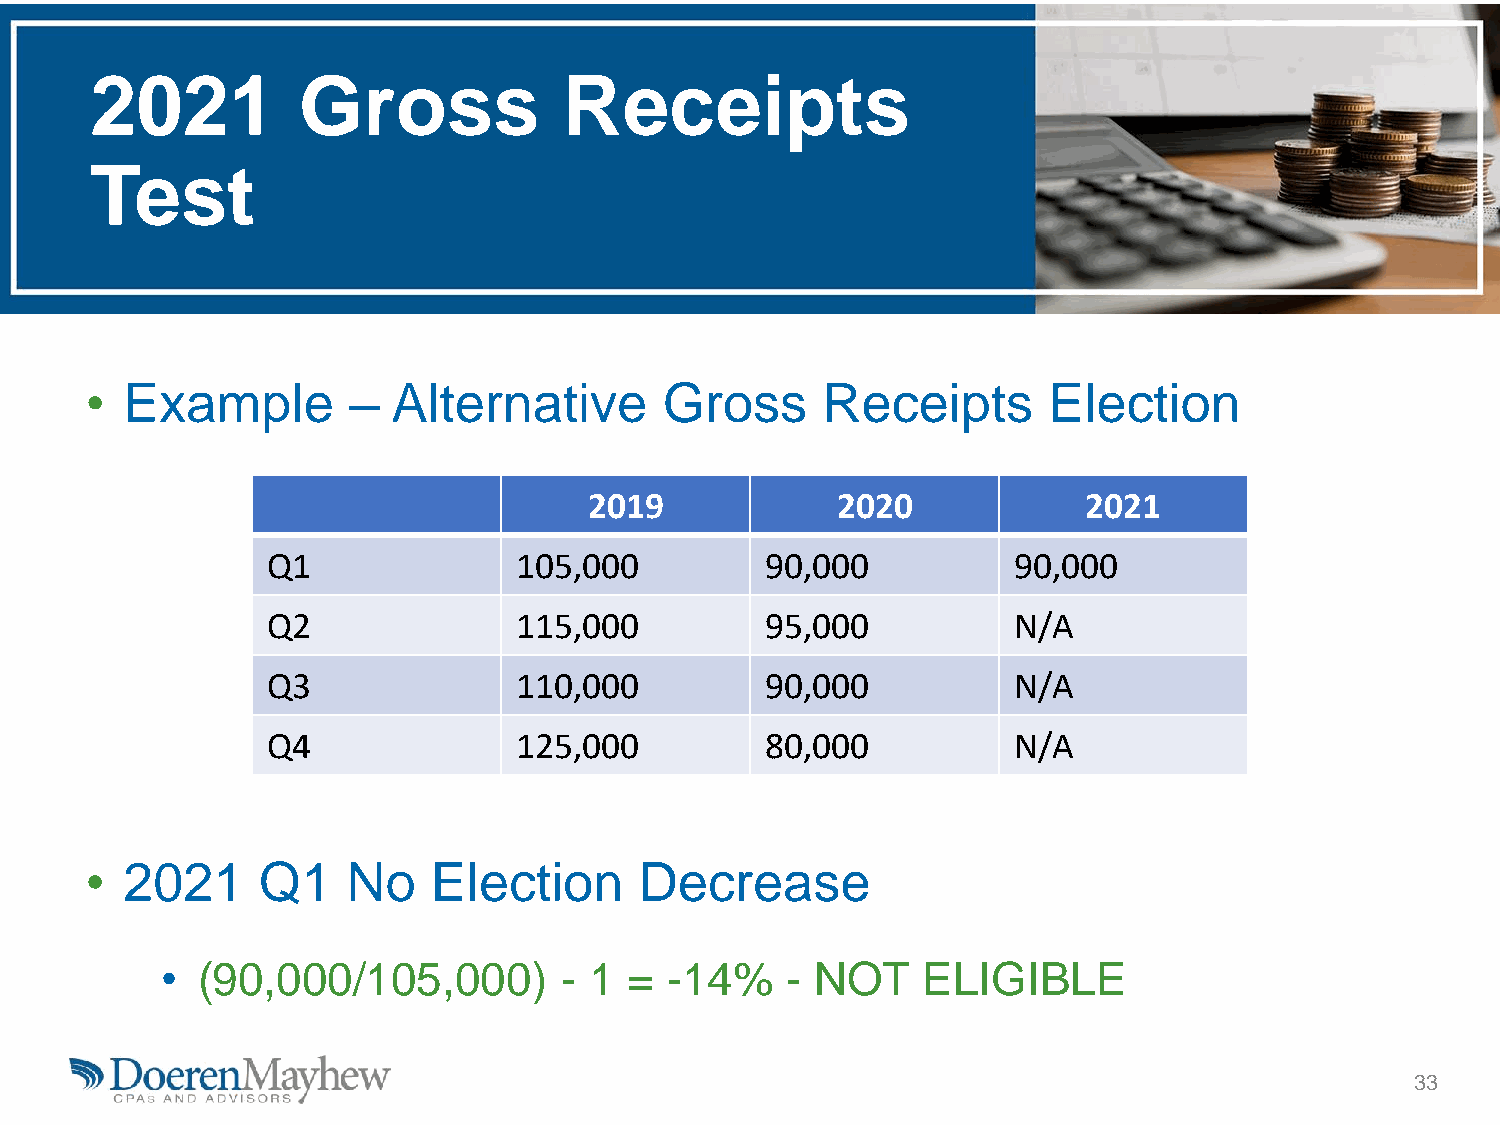
2021          Gross            Receipts
 Test
 • Example        –  Alternative       Gross     Receipts       Election
 2019            2020             2021
 Q1              105,000          90,000          90,000
 Q2              115,000          95,000          N/A
 Q3              110,000          90,000          N/A
 Q4              125,000          80,000          N/A
 • 2021     Q1    No    Election     Decrease
 • (90,000/105,000)        - 1  = -14%    - NOT    ELIGIBLE
 33